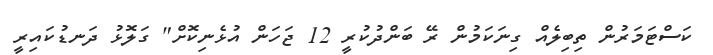
ކަސްޓަމަރުން ތިބިލެއް ގިނަކަމުން ރޭ ބަންދުކުރީ 12 ޖަހަން އުޅެނިކޮށް" ގަލޮޅު ދަނޑުކައިރީ